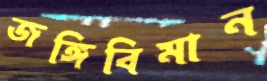
জঙ্গিবিমান